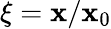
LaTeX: \xi=\mathbf{x}/\mathbf{x}_{0}